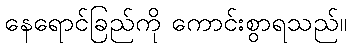
နေရောင်ခြည်ကို ကောင်းစွာရသည်။